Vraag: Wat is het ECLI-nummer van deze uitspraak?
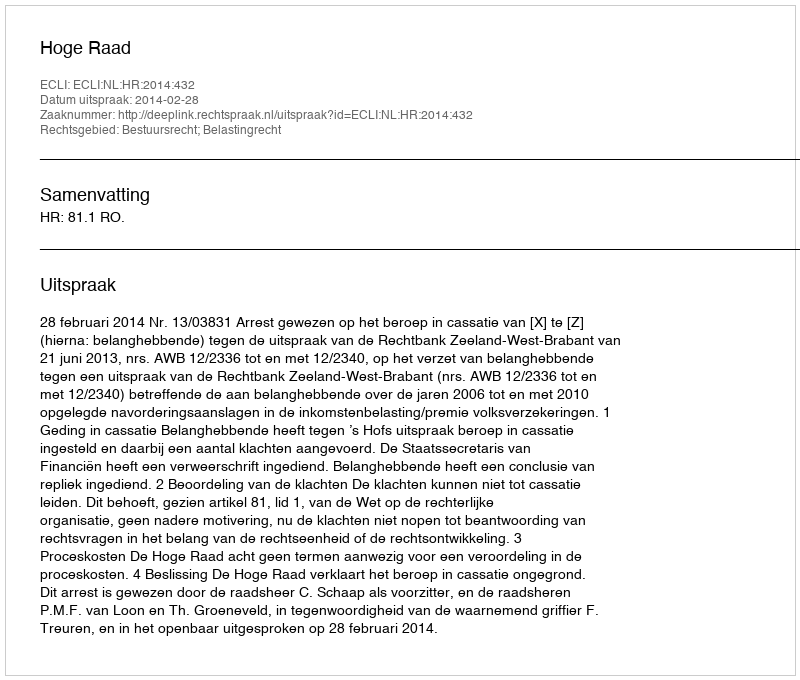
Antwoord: ECLI:NL:HR:2014:432